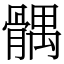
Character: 髃